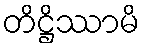
တိဋ္ဌိဿာမိ